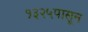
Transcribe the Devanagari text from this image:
१३२५पासून